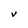
Character: V